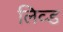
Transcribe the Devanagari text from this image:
लिव्‍ड